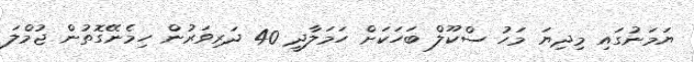
ޔަމަނުގައި މިދިޔަ މަހު ސްކޫލް ބަހަކަށް ހަމަލާދީ 40 ދަރިވަރުން ހިމެނޭގޮތުން ޖުމްލަ